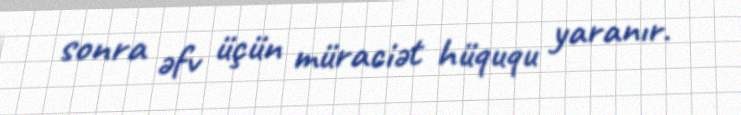
sonra əfv üçün müraciət hüququ yaranır.